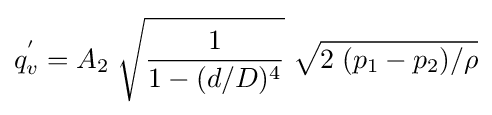
q_{v}^{'}=A_{2}\;{\sqrt {\frac {1}{1-(d/D)^{4}}}}\;{\sqrt {2\;(p_{1}-p_{2})/\rho }}